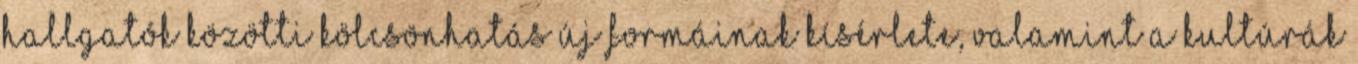
hallgatók közötti kölcsönhatás új formáinak kísérlete, valamint a kultúrák